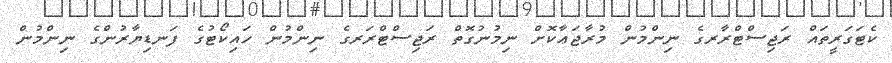
ކެޓަގަރީތައް ރަޖިސްޓްރާރގެ ނިންމުން މުރާޖަޢާކޮށް ނިމުނުގޮތް ރަޖިސްޓްރަރގެ ނިންމުން ހައިކޯޓުގެ ފަނޑިޔާރުންގެ ނިންމުން